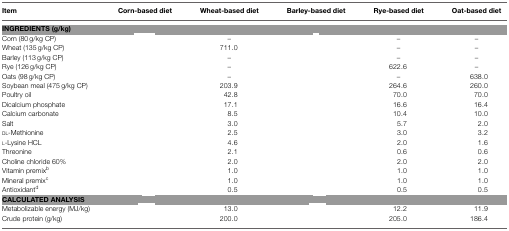
<table><thead><tr><td><b>Item</b></td><td><b>Corn-based diet</b></td><td><b>Wheat-based diet</b></td><td><b>Barley-based diet</b></td><td><b>Rye-based diet</b></td><td><b>Oat-based diet</b></td></tr></thead><tbody><tr><td colspan="6"><b>INGREDIENTS (g/kg)</b></td></tr><tr><td>Corn (80 g/kg CP)</td><td>[EMPTY_CELL]</td><td>–</td><td>[EMPTY_CELL]</td><td>–</td><td>–</td></tr><tr><td>Wheat (135 g/kg CP)</td><td>[EMPTY_CELL]</td><td>711.0</td><td>[EMPTY_CELL]</td><td>–</td><td>–</td></tr><tr><td>Barley (113 g/kg CP)</td><td>[EMPTY_CELL]</td><td>–</td><td>[EMPTY_CELL]</td><td>–</td><td>–</td></tr><tr><td>Rye (126 g/kg CP)</td><td>[EMPTY_CELL]</td><td>–</td><td>[EMPTY_CELL]</td><td>622.6</td><td>–</td></tr><tr><td>Oats (98 g/kg CP)</td><td>[EMPTY_CELL]</td><td>–</td><td>[EMPTY_CELL]</td><td>–</td><td>638.0</td></tr><tr><td>Soybean meal (475 g/kg CP)</td><td>[EMPTY_CELL]</td><td>203.9</td><td>[EMPTY_CELL]</td><td>264.6</td><td>260.0</td></tr><tr><td>Poultry oil</td><td>[EMPTY_CELL]</td><td>42.8</td><td>[EMPTY_CELL]</td><td>70.0</td><td>70.0</td></tr><tr><td>Dicalcium phosphate</td><td>[EMPTY_CELL]</td><td>17.1</td><td>[EMPTY_CELL]</td><td>16.6</td><td>16.4</td></tr><tr><td>Calcium carbonate</td><td>[EMPTY_CELL]</td><td>8.5</td><td>[EMPTY_CELL]</td><td>10.4</td><td>10.0</td></tr><tr><td>Salt</td><td>[EMPTY_CELL]</td><td>3.0</td><td>[EMPTY_CELL]</td><td>5.7</td><td>2.0</td></tr><tr><td>DL-Methionine</td><td>[EMPTY_CELL]</td><td>2.5</td><td>[EMPTY_CELL]</td><td>3.0</td><td>3.2</td></tr><tr><td>L-Lysine HCL</td><td>[EMPTY_CELL]</td><td>4.6</td><td>[EMPTY_CELL]</td><td>2.0</td><td>1.6</td></tr><tr><td>Threonine</td><td>[EMPTY_CELL]</td><td>2.1</td><td>[EMPTY_CELL]</td><td>0.6</td><td>0.6</td></tr><tr><td>Choline chloride 60%</td><td>[EMPTY_CELL]</td><td>2.0</td><td>[EMPTY_CELL]</td><td>2.0</td><td>2.0</td></tr><tr><td>Vitamin premix<sup>b</sup></td><td>[EMPTY_CELL]</td><td>1.0</td><td>[EMPTY_CELL]</td><td>1.0</td><td>1.0</td></tr><tr><td>Mineral premix<sup>c</sup></td><td>[EMPTY_CELL]</td><td>1.0</td><td>[EMPTY_CELL]</td><td>1.0</td><td>1.0</td></tr><tr><td>Antioxidant<sup>d</sup></td><td>[EMPTY_CELL]</td><td>0.5</td><td>[EMPTY_CELL]</td><td>0.5</td><td>0.5</td></tr><tr><td colspan="6"><b>CALCULATED ANALYSIS</b></td></tr><tr><td>Metabolizable energy (MJ/kg)</td><td>[EMPTY_CELL]</td><td>13.0</td><td>[EMPTY_CELL]</td><td>12.2</td><td>11.9</td></tr><tr><td>Crude protein (g/kg)</td><td>[EMPTY_CELL]</td><td>200.0</td><td>[EMPTY_CELL]</td><td>205.0</td><td>186.4</td></tr></tbody></table>